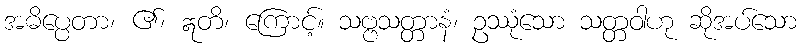
အဓိပ္ပေတာ၊ ၏၊ ဣတိ၊ ကြောင့်။ သဗ္ဗသတ္တာနံ၊ ဥဿုံသော သတ္တဝါဟု ဆိုအပ်သော